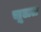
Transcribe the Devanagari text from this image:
चूलत